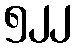
၅၂၂